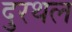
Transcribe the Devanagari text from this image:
दुरथल